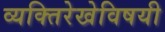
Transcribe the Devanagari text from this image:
व्यक्तिरेखेविषयी